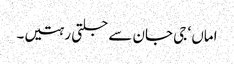
اماں ‘ جی جان سے جلتی رہتیں۔